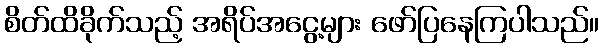
စိတ်ထိခိုက်သည့် အရိပ်အငွေ့များ ဖော်ပြနေကြပါသည်။